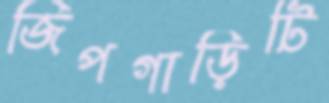
জিপগাড়িটি